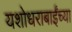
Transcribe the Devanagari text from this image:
यशोधराबाईंच्या